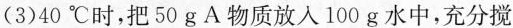
(3)40^{\circ}C时，把50 g A物质放入100 g水中，充分搅